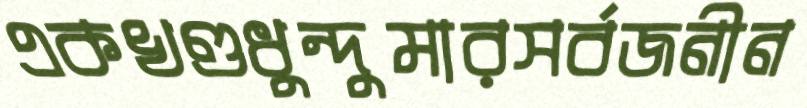
একখণ্ডধুন্দুমারসর্বজনীন